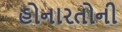
હોનારતોની